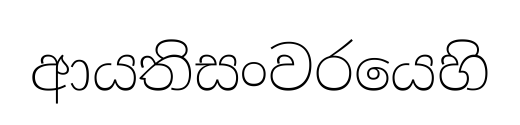
ආයතිසංවරයෙහි